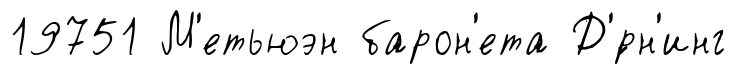
19751 М'етьюэн барон'ета Д'́рн'инг